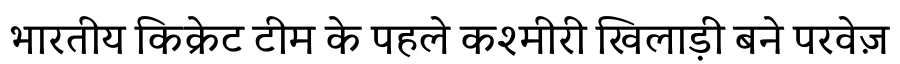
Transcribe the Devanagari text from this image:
भारतीय किक्रेट टीम के पहले कश्मीरी खिलाड़ी बने परवेज़